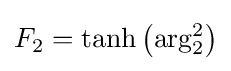
F_{2}={\rm {tanh}}\left({\rm {arg}}_{2}^{2}\right)